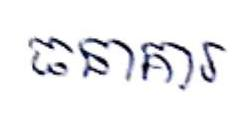
ធនាគារ